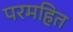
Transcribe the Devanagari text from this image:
परमहित